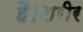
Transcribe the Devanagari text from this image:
हैं।शरीर